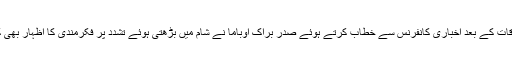
ملاقات کے بعد اخباری کانفرنس سے خطاب کرتے ہوئے صدر براک اوباما نے شام میں بڑھتی ہوئے تشدد پر فکرمندی کا اظہار بھی کیا۔